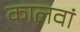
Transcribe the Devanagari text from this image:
कालवां